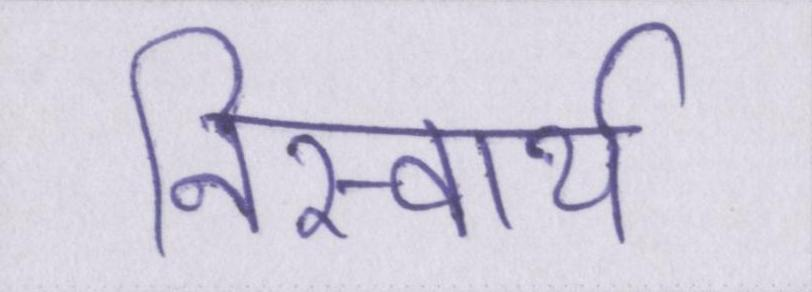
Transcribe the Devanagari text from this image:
निस्वार्थ